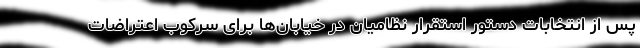
پس از انتخابات دستور استقرار نظامیان در خیابان‌ها برای سرکوب اعتراضات